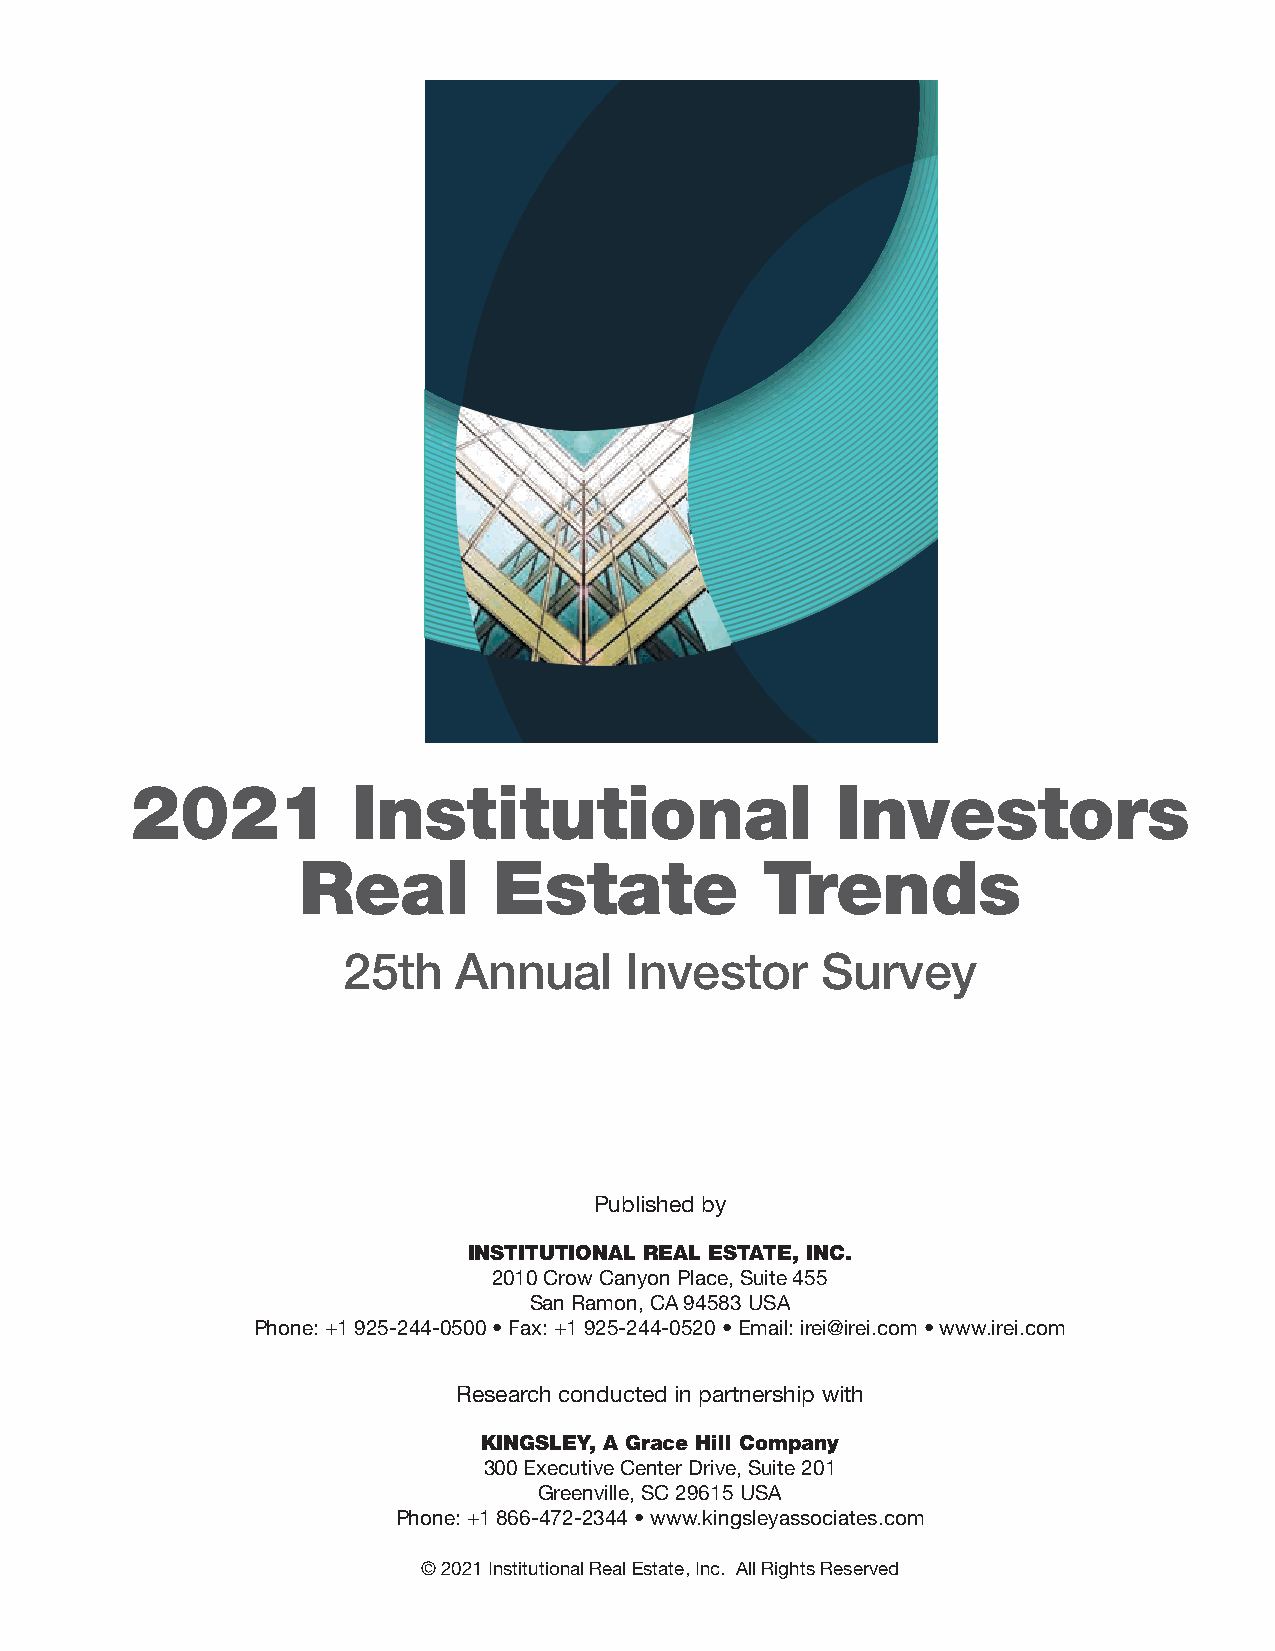
2021          Institutional                   Investors
 Real         Estate           Trends
 25th   Annual     Investor     Survey
 Published by
 INSTITUTIONAL REAL ESTATE, INC.
 2010 Crow Canyon Place, Suite 455
 San Ramon, CA 94583 USA
 Phone: +1 925-244-0500 • Fax: +1 925-244-0520 • Email: irei@irei.com • www.irei.com
 Research conducted in partnership with
 KINGSLEY, A Grace Hill Company
 300 Executive Center Drive, Suite 201
 Greenville, SC 29615 USA
 Phone: +1 866-472-2344 • www.kingsleyassociates.com
 © 2021 Institutional Real Estate, Inc. All Rights Reserved